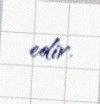
edir.